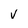
Character: v